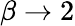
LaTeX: \beta\rightarrow 2